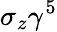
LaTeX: \sigma_{z}\gamma^{5}